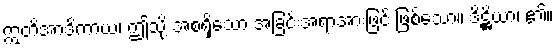
ဣတိအာဒိကာယ၊ ဤသို့ အစရှိသော အခြင်းအရာအားဖြင့် ဖြစ်သော။ ဒိဋ္ဌိယာ၊ ၏။